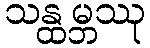
သန္ထမ္ဘဿု